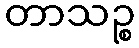
တာသဉ္စ